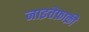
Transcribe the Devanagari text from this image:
नाइत्तेफ़ाक़ी